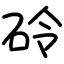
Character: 砱